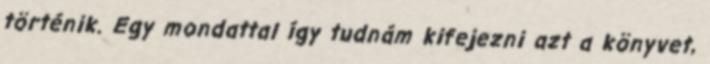
történik. Egy mondattal így tudnám kifejezni azt a könyvet,